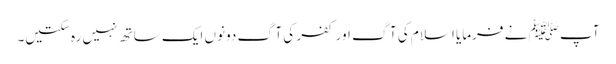
آپ ﷺ نے فرمایا اسلام کی آگ اور کفر کی آگ دونوں ایک ساتھ نہیں رہ سکتیں۔